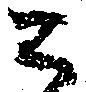
こ